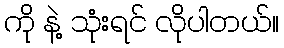
ကို နဲ့ သုံးရင် လိုပါတယ်။